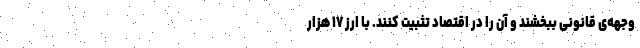
وجهه‌ی قانونی ببخشند و آن را در اقتصاد تثبیت کنند. با ارز ۱۷ هزار